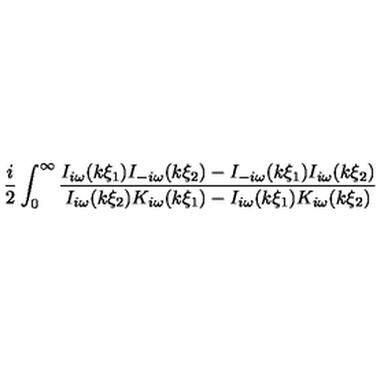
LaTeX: \frac { i } { 2 } \int _ { 0 } ^ { \infty } \frac { I _ { i \omega } ( k \xi _ { 1 } ) I _ { - i \omega } ( k \xi _ { 2 } ) - I _ { - i \omega } ( k \xi _ { 1 } ) I _ { i \omega } ( k \xi _ { 2 } ) } { I _ { i \omega } ( k \xi _ { 2 } ) K _ { i \omega } ( k \xi _ { 1 } ) - I _ { i \omega } ( k \xi _ { 1 } ) K _ { i \omega } ( k \xi _ { 2 } ) }